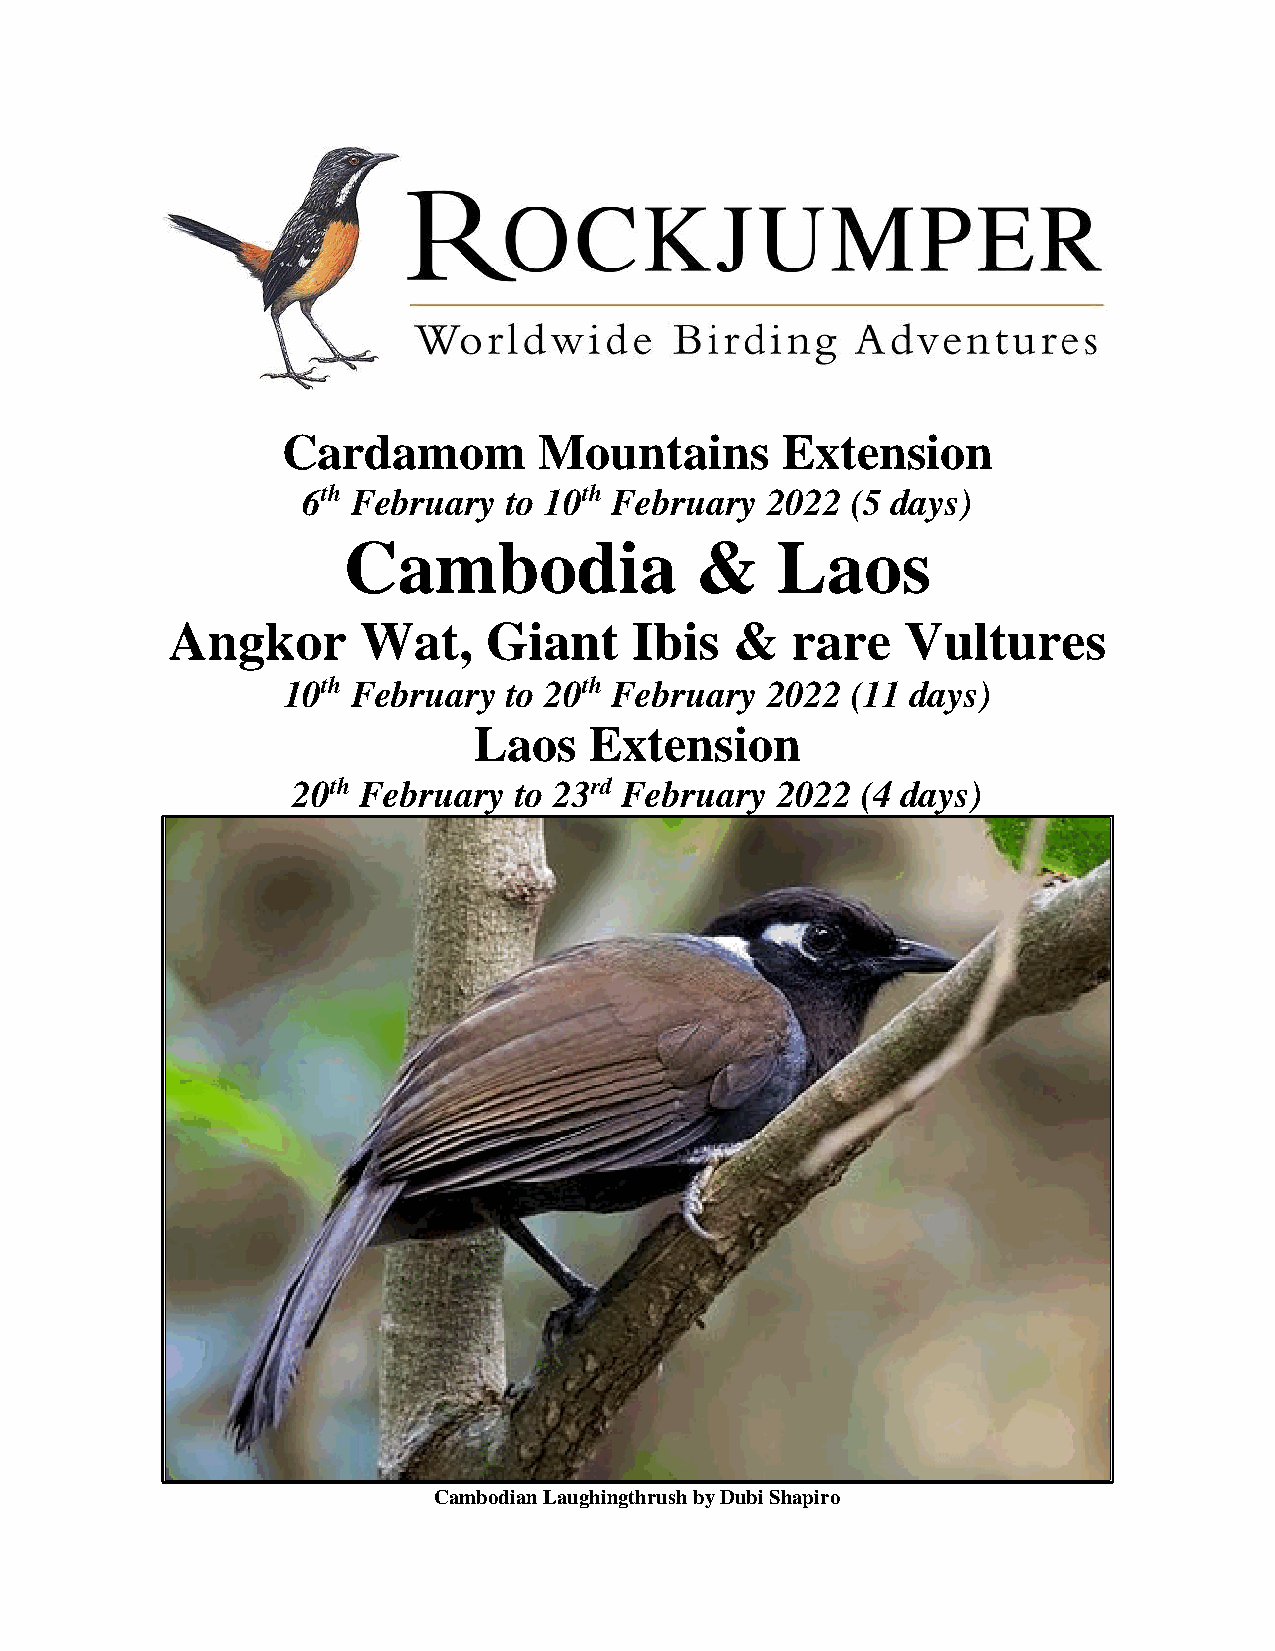
Cardamom         Mountains       Extension
 6th February to 10th February  2022 (5 days)
 Cambodia               &    Laos
 Angkor       Wat,    Giant     Ibis   &  rare    Vultures
 10th February to 20th February  2022 (11 days)
 Laos    Extension
 20th February  to 23rd February 2022  (4 days)
 Cambodian Laughingthrush by Dubi Shapiro